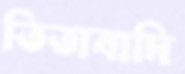
তিতাবাদি